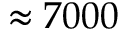
\approx 7 0 0 0